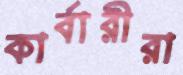
কার্বারীরা